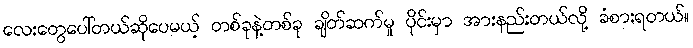
လေးတွေပေါ်တယ်ဆိုပေမယ့် တစ်ခုနဲ့တစ်ခု ချိတ်ဆက်မှု ပိုင်းမှာ အားနည်းတယ်လို့ ခံစားရတယ်။